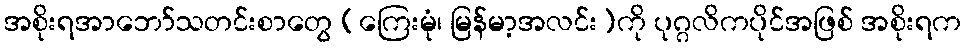
အစိုးရအာဘော်သတင်းစာတွေ (ကြေးမုံ၊ မြန်မာ့အလင်း)ကို ပုဂ္ဂလိကပိုင်အဖြစ် အစိုးရက